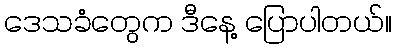
ဒေသခံတွေက ဒီနေ့ ပြောပါတယ်။